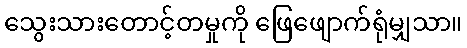
သွေးသားတောင့်တမှုကို ဖြေဖျောက်ရုံမျှသာ။